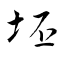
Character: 坯